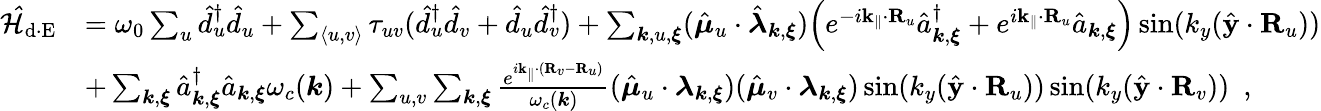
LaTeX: \begin{array}{rl}{\mathcal{\hat{H}}_{\mathrm{d\cdot E}}}&{=\omega_{0}\sum_{u}\hat{d}_{u}^{\dagger}\hat{d}_{u}+\sum_{\langle u,v\rangle}\tau_{uv}(\hat{d}_{u}^{\dagger}\hat{d}_{v}+\hat{d}_{u}\hat{d}_{v}^{\dagger})+\sum_{{\boldsymbol k},u,{\boldsymbol\xi}}(\hat{\boldsymbol\mu}_{u}\cdot\hat{\boldsymbol\lambda}_{{\boldsymbol k},{\boldsymbol\xi}})\Big(e^{-i{{\mathbf k_{\parallel}}}\cdot{\mathbf R}_{u}}\hat{a}_{{\boldsymbol k},{\boldsymbol\xi}}^{\dagger}+e^{i{\mathbf k_{\parallel}}\cdot{\mathbf R}_{u}}\hat{a}_{{\boldsymbol k},{\boldsymbol\xi}}\Big)\sin({k_{y}}(\hat{\mathbf y}\cdot{\mathbf R}_{u}))}\\ &{+\sum_{{\boldsymbol k},{\boldsymbol\xi}}\hat{a}_{{\boldsymbol k},{\boldsymbol\xi}}^{\dagger}\hat{a}_{{\boldsymbol k},{\boldsymbol\xi}}\omega_{c}({\boldsymbol k})+\sum_{u,v}\sum_{{\boldsymbol k},{\boldsymbol\xi}}{\frac{e^{i{\mathbf k_{\parallel}}\cdot({\mathbf R}_{v}-{\mathbf R}_{u})}}{\omega_{c}({\boldsymbol k})}}(\hat{\boldsymbol\mu}_{u}\cdot{\boldsymbol\lambda}_{{\boldsymbol k},{\boldsymbol\xi}})(\hat{\boldsymbol\mu}_{v}\cdot{\boldsymbol\lambda}_{{\boldsymbol k},{\boldsymbol\xi}})\sin({k_{y}}(\hat{\mathbf y}\cdot{\mathbf R}_{u}))\sin({k_{y}}(\hat{\mathbf y}\cdot{\mathbf R}_{v}))~~,}\end{array}